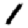
Digit: 1